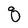
Character: q